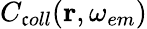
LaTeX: C_{\mathfrak{c}oll}(\mathbf{{r}},\omega_{em})